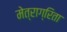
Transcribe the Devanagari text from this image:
मेत्राग्रिता